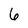
Character: 6